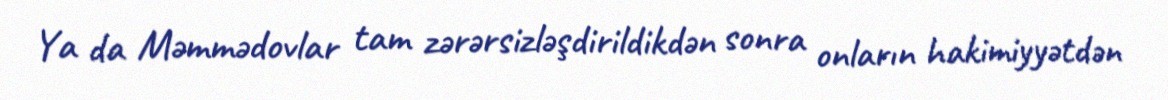
Ya da Məmmədovlar tam zərərsizləşdirildikdən sonra onların hakimiyyətdən